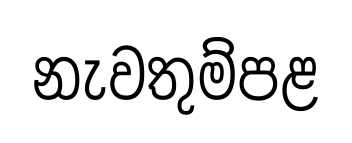
නැවතුම්පළ